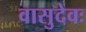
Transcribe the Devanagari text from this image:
वासुदेवः